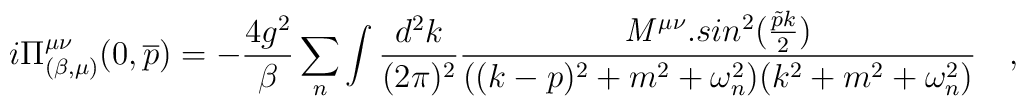
i\Pi^{\mu\nu}_{(\beta,\mu)} (0,\overline p) = -\frac {4g^2}{\beta} \sum_{n}\int \frac{d^2k}{(2\pi)^2} \frac { {\mathit {M} }^{\mu\nu}. sin^2(\frac{\tilde p k}{2}) }{( (k-p)^2 + m^2 + \omega_{n}^2)(k^2 + m^2 +\omega_{n}^2 )} ~~~,